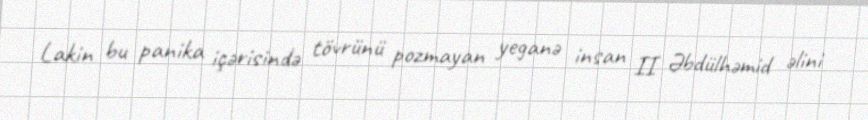
Lakin bu panika içərisində tövrünü pozmayan yeganə insan II Əbdülhəmid əlini